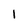
Character: 1